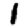
Digit: 1